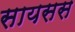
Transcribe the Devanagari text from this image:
सायसस